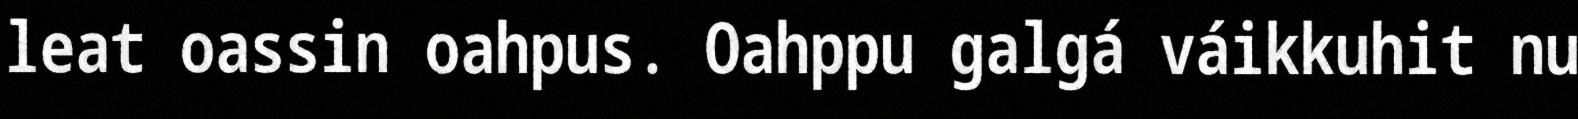
leat oassin oahpus. Oahppu galgá váikkuhit nu